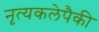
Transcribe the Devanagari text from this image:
नृत्यकलेपैकी